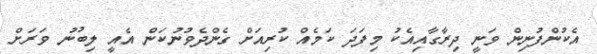
އެކުންފުނިން ވަނީ ދިރާގާއިއެކު މިފަދަ ކަމެއް ކުރިއަށް ގެންދެވުނުކަން އެއީ ލިބުނު ވަރަށް